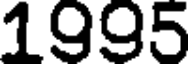
1995